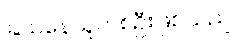
ခြယ်နေသူတစ်ဦးဖြစ်သည်။